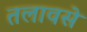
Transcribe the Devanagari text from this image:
तलावसे